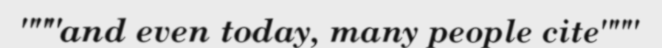
"""and even today, many people cite"""